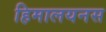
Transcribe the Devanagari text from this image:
हिमालयनस